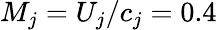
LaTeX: M_{j}=U_{j}/c_{j}=0.4